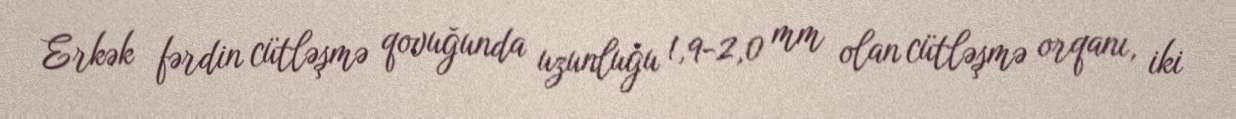
Erkək fərdin cütləşmə qovuğunda uzunluğu 1,9-2,0 mm olan cütləşmə orqanı, iki